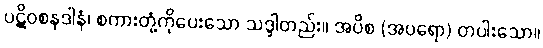
ပဋိဝစနဒါနံ၊ စကားတုံ့ကိုပေးသော သဒ္ဒါတည်း။ အပိစ (အပရော) တပါးသော။